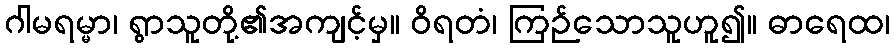
ဂါမရမ္မာ၊ ရွာသူတို့၏အကျင့်မှ။ ဝိရတံ၊ ကြဉ်သောသူဟူ၍။ ဓာရေထ၊